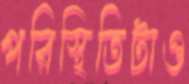
পরিস্থিতিটাও